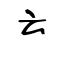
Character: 𠫓